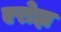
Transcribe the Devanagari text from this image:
एरोझ